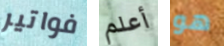
فواتير أعلم هو